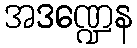
အဒဏ္ဍေန